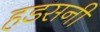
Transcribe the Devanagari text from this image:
हडसनी